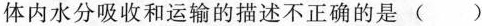
体内水分吸收和运输的描述不正确的是 ( )